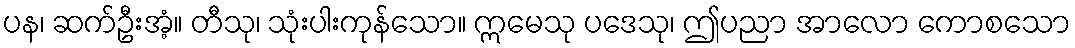
ပန၊ ဆက်ဦးအံ့။ တီသု၊ သုံးပါးကုန်သော။ ဣမေသု ပဒေသု၊ ဤပညာ အာလော ကောစသော